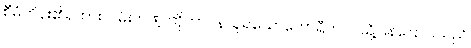
စီမံကိန်း၏ရထားလမ်းကဏ္ ကိုတာဝန်ယူရသောဟောရီကဤသို့ပြန်ပြောပြသည်